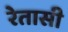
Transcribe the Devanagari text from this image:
रेतासी